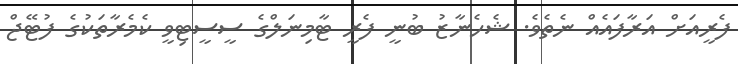
ފެރީއަށް އަރާފައެއް ނެތެވެ. ޝެހެނާޒު ބުނީ ފެރީ ޓާމިނަލްގެ ސީސީޓިވީ ކެމެރާތަކުގެ ފުޓޭޖް